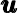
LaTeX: \pmb{u}